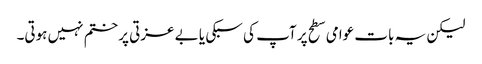
لیکن یہ بات عوامی سطح پر آپ کی سبکی یا بے عزتی پر ختم نہیں ہوتی۔